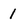
Character: 1